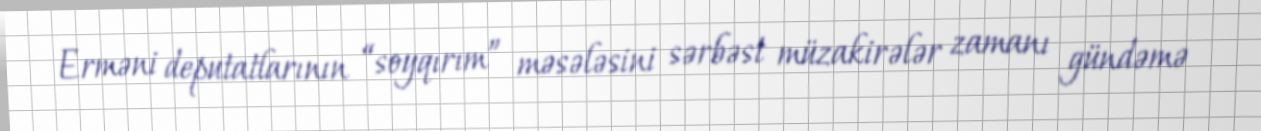
Erməni deputatlarının “soyqırım” məsələsini sərbəst müzakirələr zamanı gündəmə